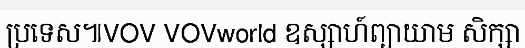
ប្រទេស៕VOV VOVworld ឧស្សាហ៍ព្យាយាម សិក្សា